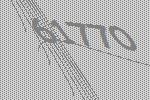
61770